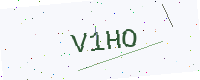
Text: V1HO